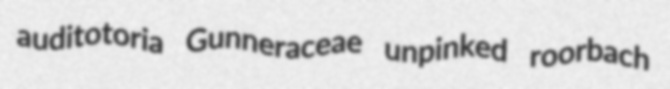
auditotoria Gunneraceae unpinked roorbach